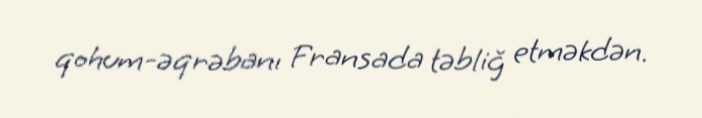
qohum-əqrəbanı Fransada təbliğ etməkdən.